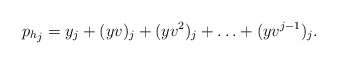
\begin{align*} {p_h}_j=y_j+(yv)_j+(yv^2)_j+\ldots+(yv^{j-1})_j.\end{align*}